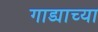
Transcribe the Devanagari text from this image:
गाड्याच्या